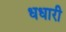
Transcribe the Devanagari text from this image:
धधारी